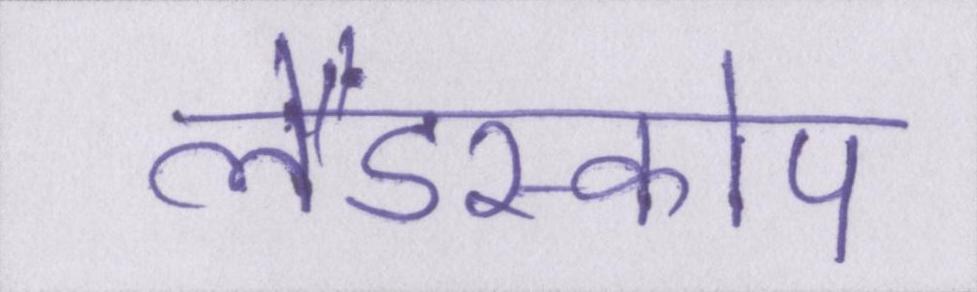
लैंडस्कोप